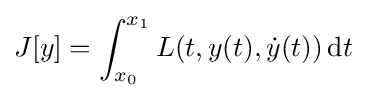
J[y]=\int _{x_{0}}^{x_{1}}L(t,y(t),{\dot {y}}(t))\,\mathrm {d} t